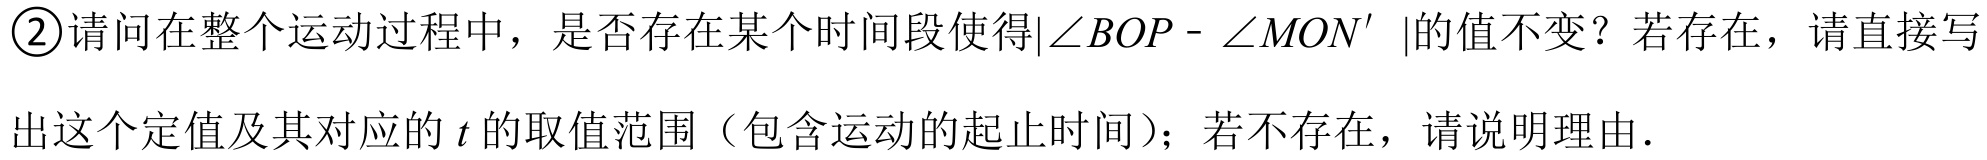
\textcircled{2}请问在整个运动过程中，是否存在某个时间段使得\(\vert\angle BOP - \angle MON'\vert\)的值不变？若存在，请直接写
出这个定值及其对应的\(t\)的取值范围（包含运动的起止时间）；若不存在，请说明理由．